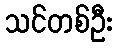
သင်တစ်ဦး